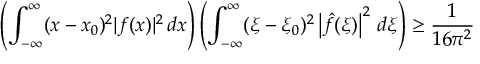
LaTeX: \left( \int _ { - \infty } ^ { \infty } ( x - x _ { 0 } ) ^ { 2 } | f ( x ) | ^ { 2 } \, d x \right) \left( \int _ { - \infty } ^ { \infty } ( \xi - \xi _ { 0 } ) ^ { 2 } \left| { \hat { f } } ( \xi ) \right| ^ { 2 } \, d \xi \right) \geq { \frac { 1 } { 1 6 \pi ^ { 2 } } }